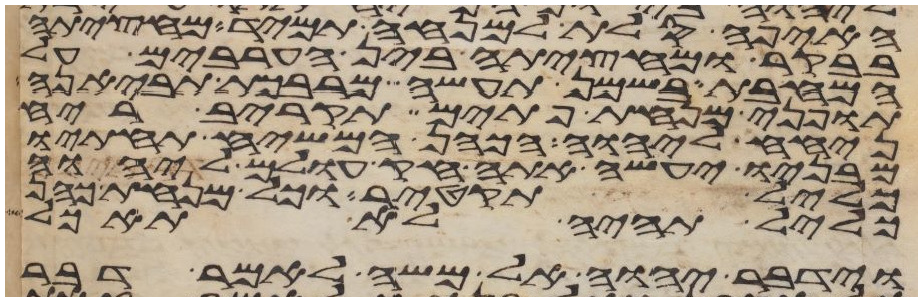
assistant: האיפה סלת למנחה תמיד מחציתה
בבקר ומחציתה בין הערבים על
המחבת בשמן תעשה מרבכת תביאנה
תופני מנחת פתים תקריב ריח
ניחח ליהוה הכהן המשיח תחתיו
מבניו יעשה אתה חק עולם ליהוה
כליל תקטיר וכל מנחת כהן
כליל תהיה לא תאכל
וידבר יהוה אל משה לאמר דבר